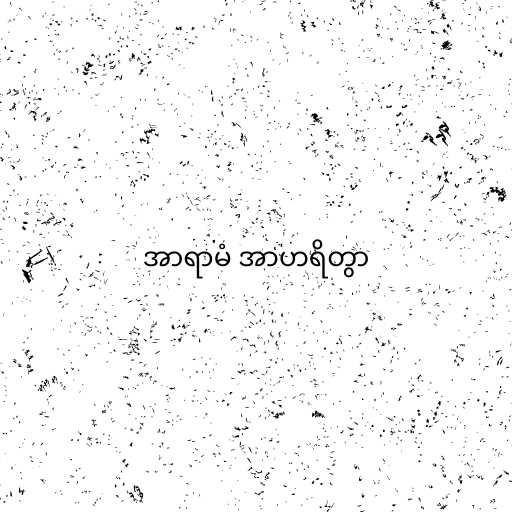
အာရာမံ အာဟရိတွာ